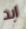
ابد